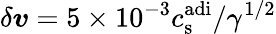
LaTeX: \delta\boldsymbol{v}=5\times 10^{-3}c_{\mathrm{s}}^{\mathrm{adi}}/\gamma^{1/2}